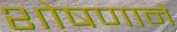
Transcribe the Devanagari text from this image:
शोषणाने